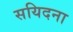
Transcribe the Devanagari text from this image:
सयिदना